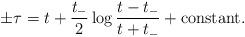
LaTeX: \begin{align*}\pm \tau = t + \frac{t_-}{2} \log \frac{ t - t_-}{t+t_-} +\mbox{constant} .\end{align*}